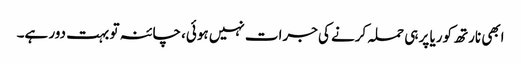
ابھی نارتھ کوریا پر ہی حملہ کرنے کی جرات نہیں ہوئی، چائنہ تو بہت دور ہے۔